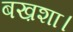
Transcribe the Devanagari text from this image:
बख़शा।